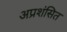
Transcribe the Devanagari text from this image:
अप्रशंसित